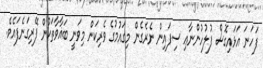
ފަހަނަ އަޅައިގޮސް ފުލުހުންނާޢި ސިފައިން ނެރެގެން މިގައުމުގެ ވެރިކަން މިވަނީ ބަޣާވާތަކުން ފޭރިގަނެފައެވެ.